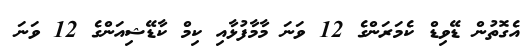
އެގޮތުން ޑޭވިޑް ކެމަރަންގެ 12 ވަނަ މާމާފުޅާއި ކިމް ކާޑޭޝިއަންގެ 12 ވަނަ